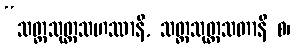
“သတ္တသုတ္တသဟဿာနိ, သတ္တသုတ္တသတာနိ စ၊